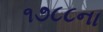
૧૭૮૮ના